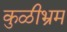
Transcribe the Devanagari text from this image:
कुळीभ्रम